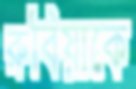
রুবিয়াকে